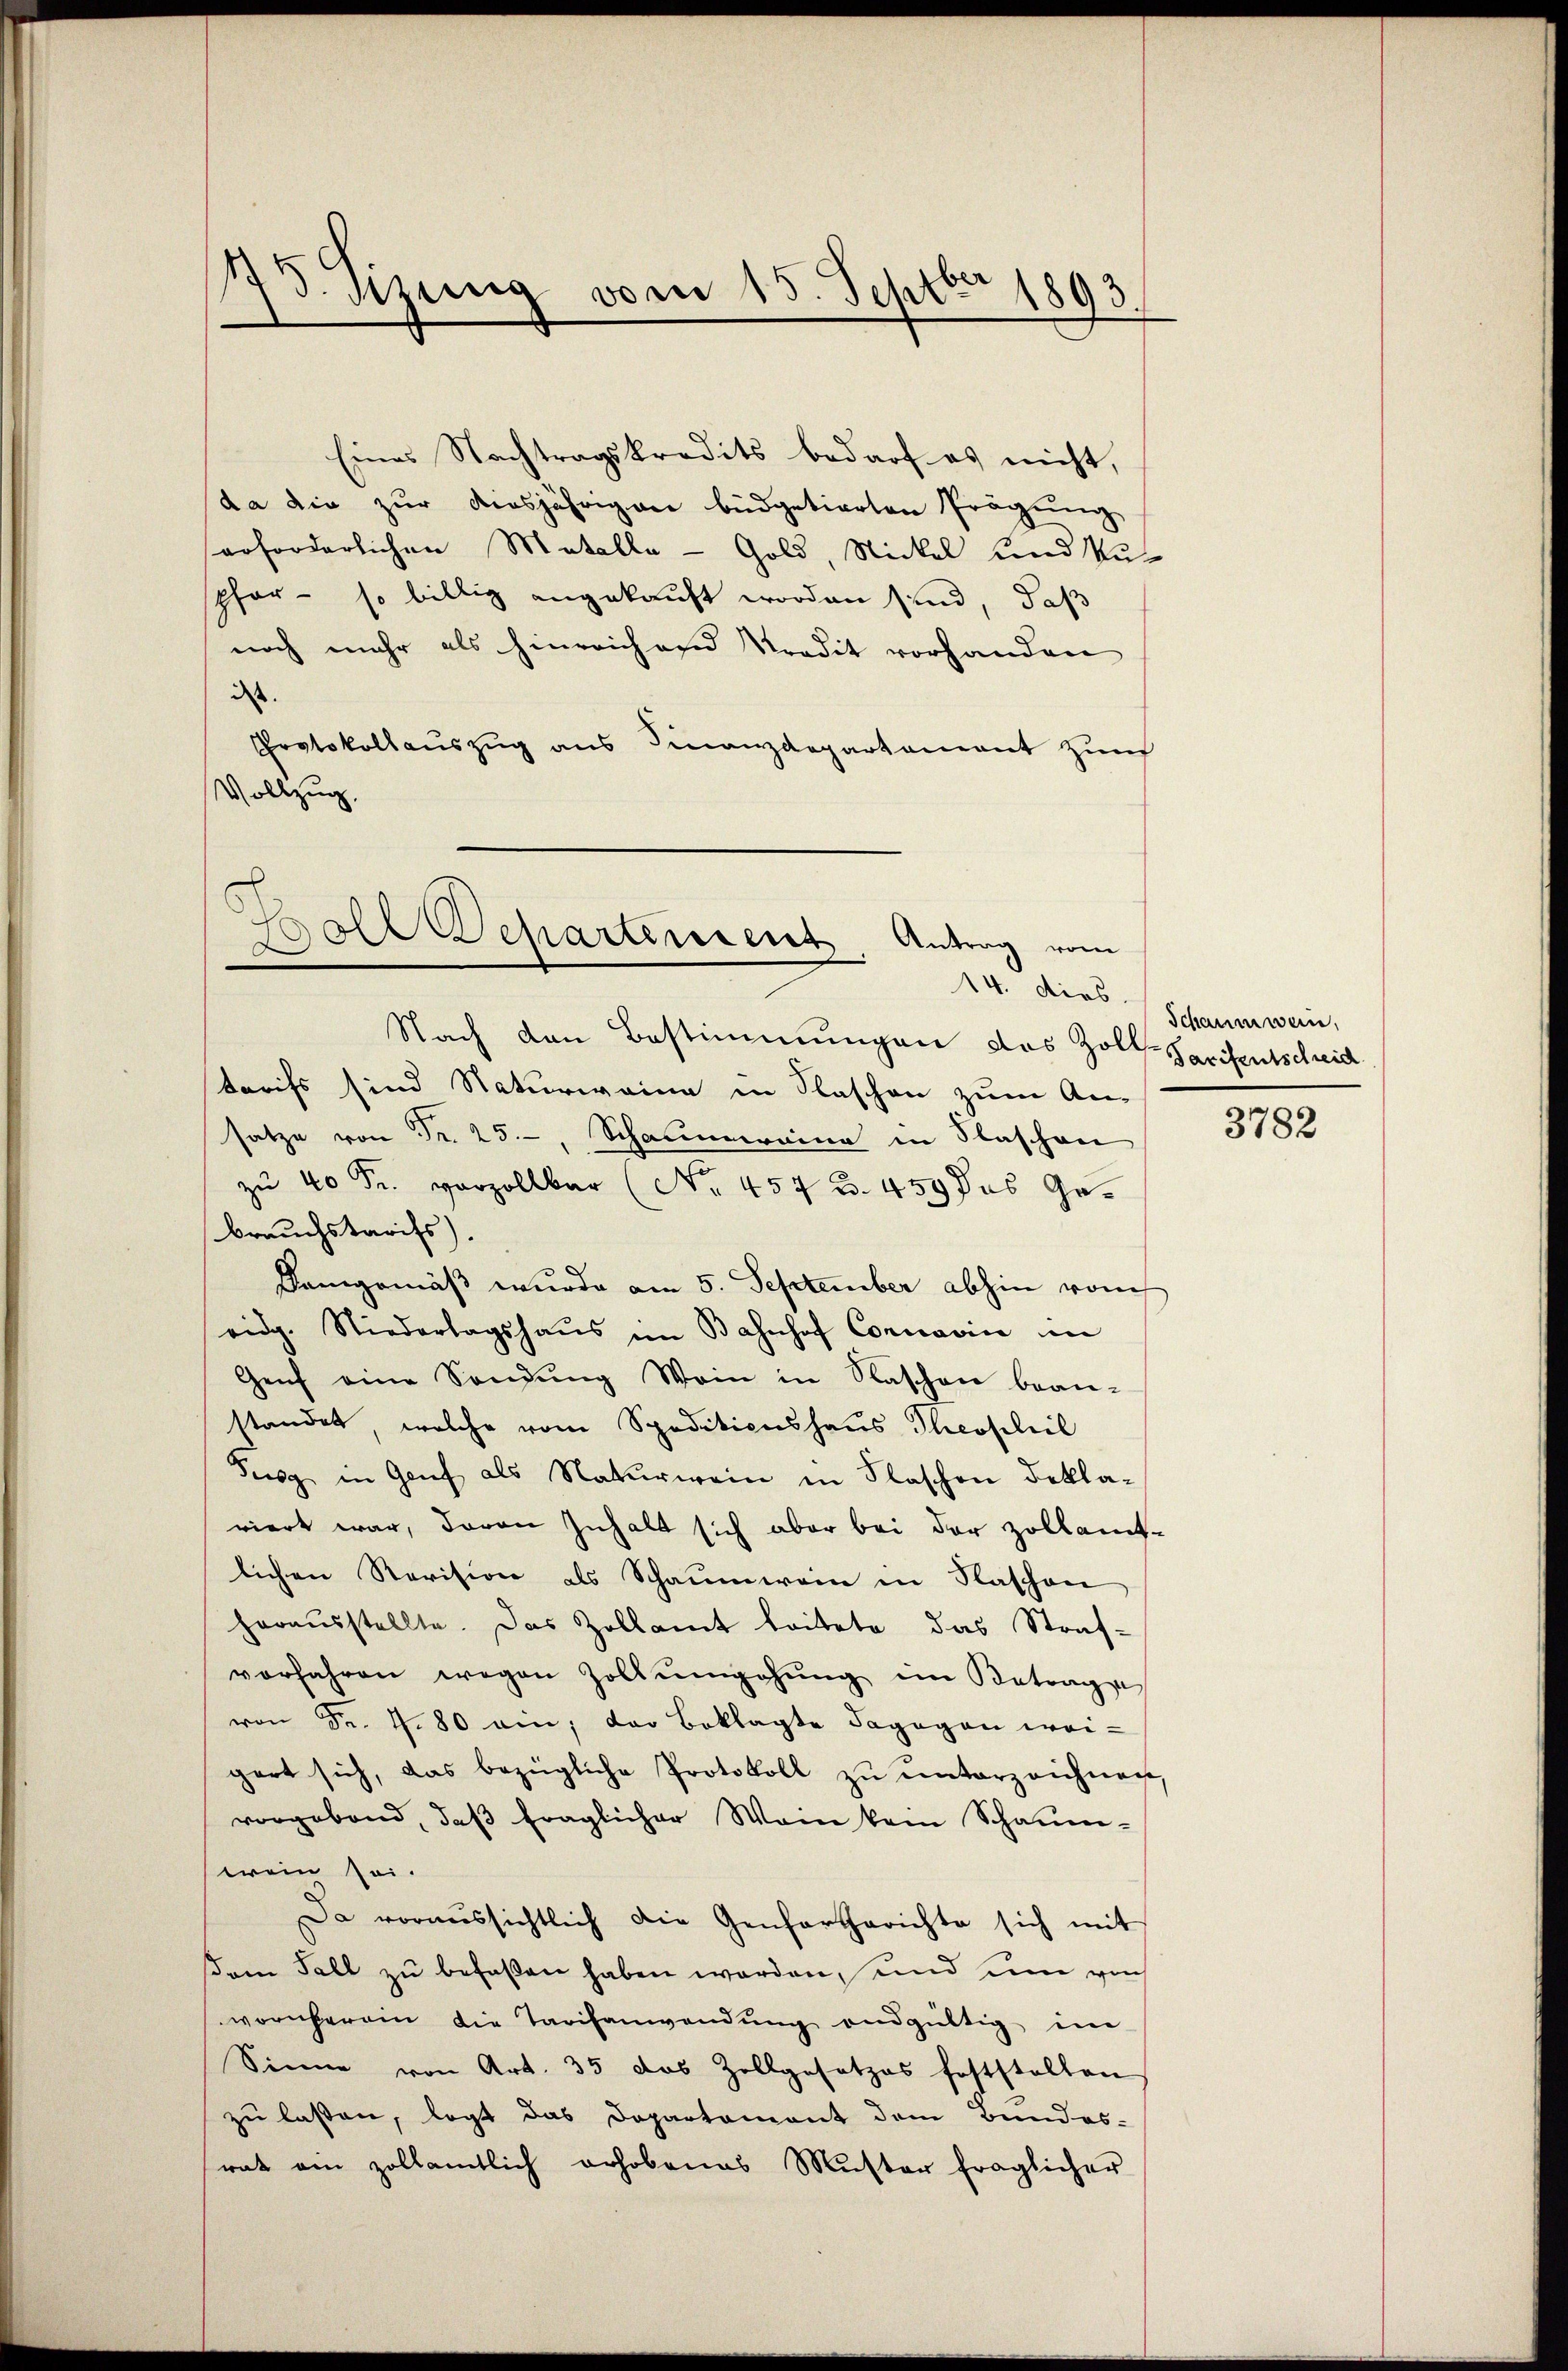
1773. Sizung vom 15. Septer 1893.

Eines Nachtragskredits bedarf es nicht,
da die zur diesjährigen büdgetierten Prägung
erforderlichen Metalla - Gold, Nickel und Ku-
pfer - so billig angekauft worden sind, daß
noch mehr als hinreichend Predit vorhanden
dass
Protokollauszug aus Finanzdepartement zum
Vollzug.

Boll Departerient. Antrag vom
14. dies Schaumwein,

Nach den Bestimmungen das Zoll-Sarisentschreid
tarifs sind Naturwaina in Paschen zum An-
satze von Fr. 25, Schaumrina in Flaschen
zu 40 Fr. vorzollbar (No. 457 Z. 459 das Gebrauchstarifs).
Demgemäß wurde am 5. September abhin vom
eidg. Niederlagshaŭs im Bahnhof Connovic in
Genf eine Sandŭng Wein in Naschen bean-
standet, welche vom Speditionshaus Theophil
Susg in Genf als Naturwein in Flaschen dekla-
viert war, davon Inhalt sich aber bei der Zollamt-
lichen Revision als Schaumwein in Flaschen
herausstellte. Das Zollamt leitete, das Straf-
vorfahren wegen Zollumgehŭng im Betrage
von Fr. 4.80 ein; der Beklagte dagegen wei-
gert sich, das bezügliche Protokoll zŭ ŭnterzeichnen,
vorgebend, daβ fraglicher Wein kam Schaum-
wein sei.
Da voraussichtlich die Genfargerichte sich mit
dem Fall zu befaßen haben worden, und um von
worüberein die Tarifanwendung endgültig im
Sinne von Art. 35 das Zollgesetzes feststellen
zu lassen, legt das Departament dem Bundes-
rat am zollamtlich erhobenes Muster fraglicher

3782